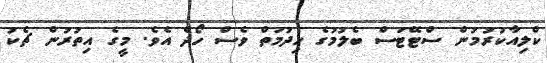
ކްލިއާކުރުމުން ސްޓޭޓަސް ބެލުމުގެ ހިދުމަތް ވެސް ހޯދެ އެވެ. މީގެ އިތުރުން ޗެކު